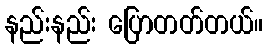
နည်းနည်း ပြောတတ်တယ်။